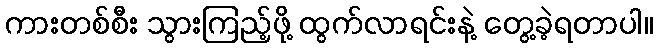
ကားတစ်စီး သွားကြည့်ဖို့ ထွက်လာရင်းနဲ့ တွေ့ခဲ့ရတာပါ။